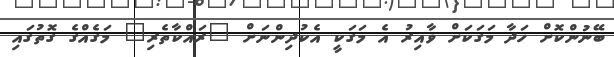
ބޭނުންކޮށް ހަދާ މަގަކަށް ވާއިރު އެ މަގަކީ އެކުދިންނަށް "ރައްކާތެރި" މަގެއްގެ ގޮތުގައި